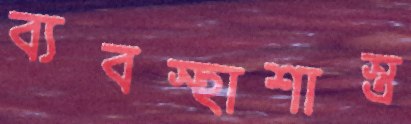
ব্যবস্হাশাস্ত্র